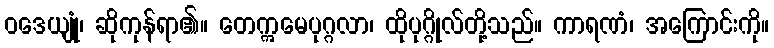
ဝဒေယျုံ၊ ဆိုကုန်ရာ၏။ တေဣမေပုဂ္ဂလာ၊ ထိုပုဂ္ဂိုလ်တို့သည်။ ကာရဏံ၊ အကြောင်းကို။